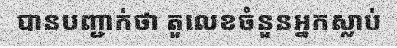
បានបញ្ជាក់ថា តួលេខចំនួនអ្នកស្លាប់